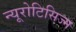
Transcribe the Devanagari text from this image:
न्यूरोटिसिज्म